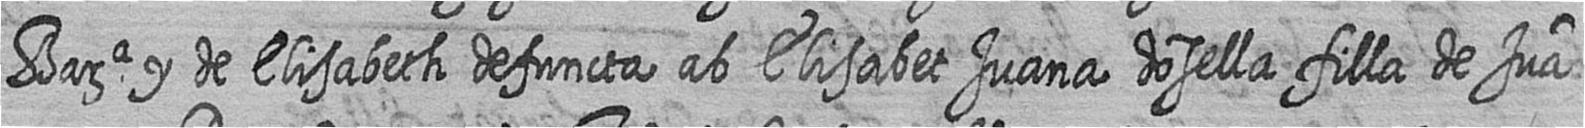
Bara y de Elisabeth defuncta ab Elisabeth Juana dosella filla de Jua